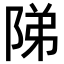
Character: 𨹥